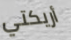
أريكتي